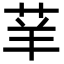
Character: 𦭵